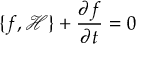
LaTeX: \{ f , { \mathcal { H } } \} + { \frac { \partial f } { \partial t } } = 0